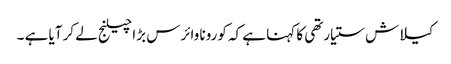
کیلاش ستیارتھی کا کہنا ہے کہ کورونا وائرس بڑا چیلنج لے کر آیا ہے ۔